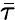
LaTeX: \bar{\tau}